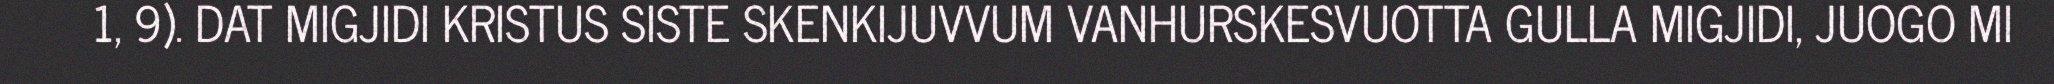
1, 9). DAT MIGJIDI KRISTUS SISTE SKENKIJUVVUM VANHURSKESVUOTTA GULLA MIGJIDI, JUOGO MI